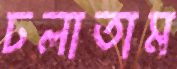
ঢলাতাম